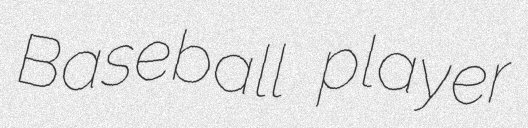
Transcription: Baseball player